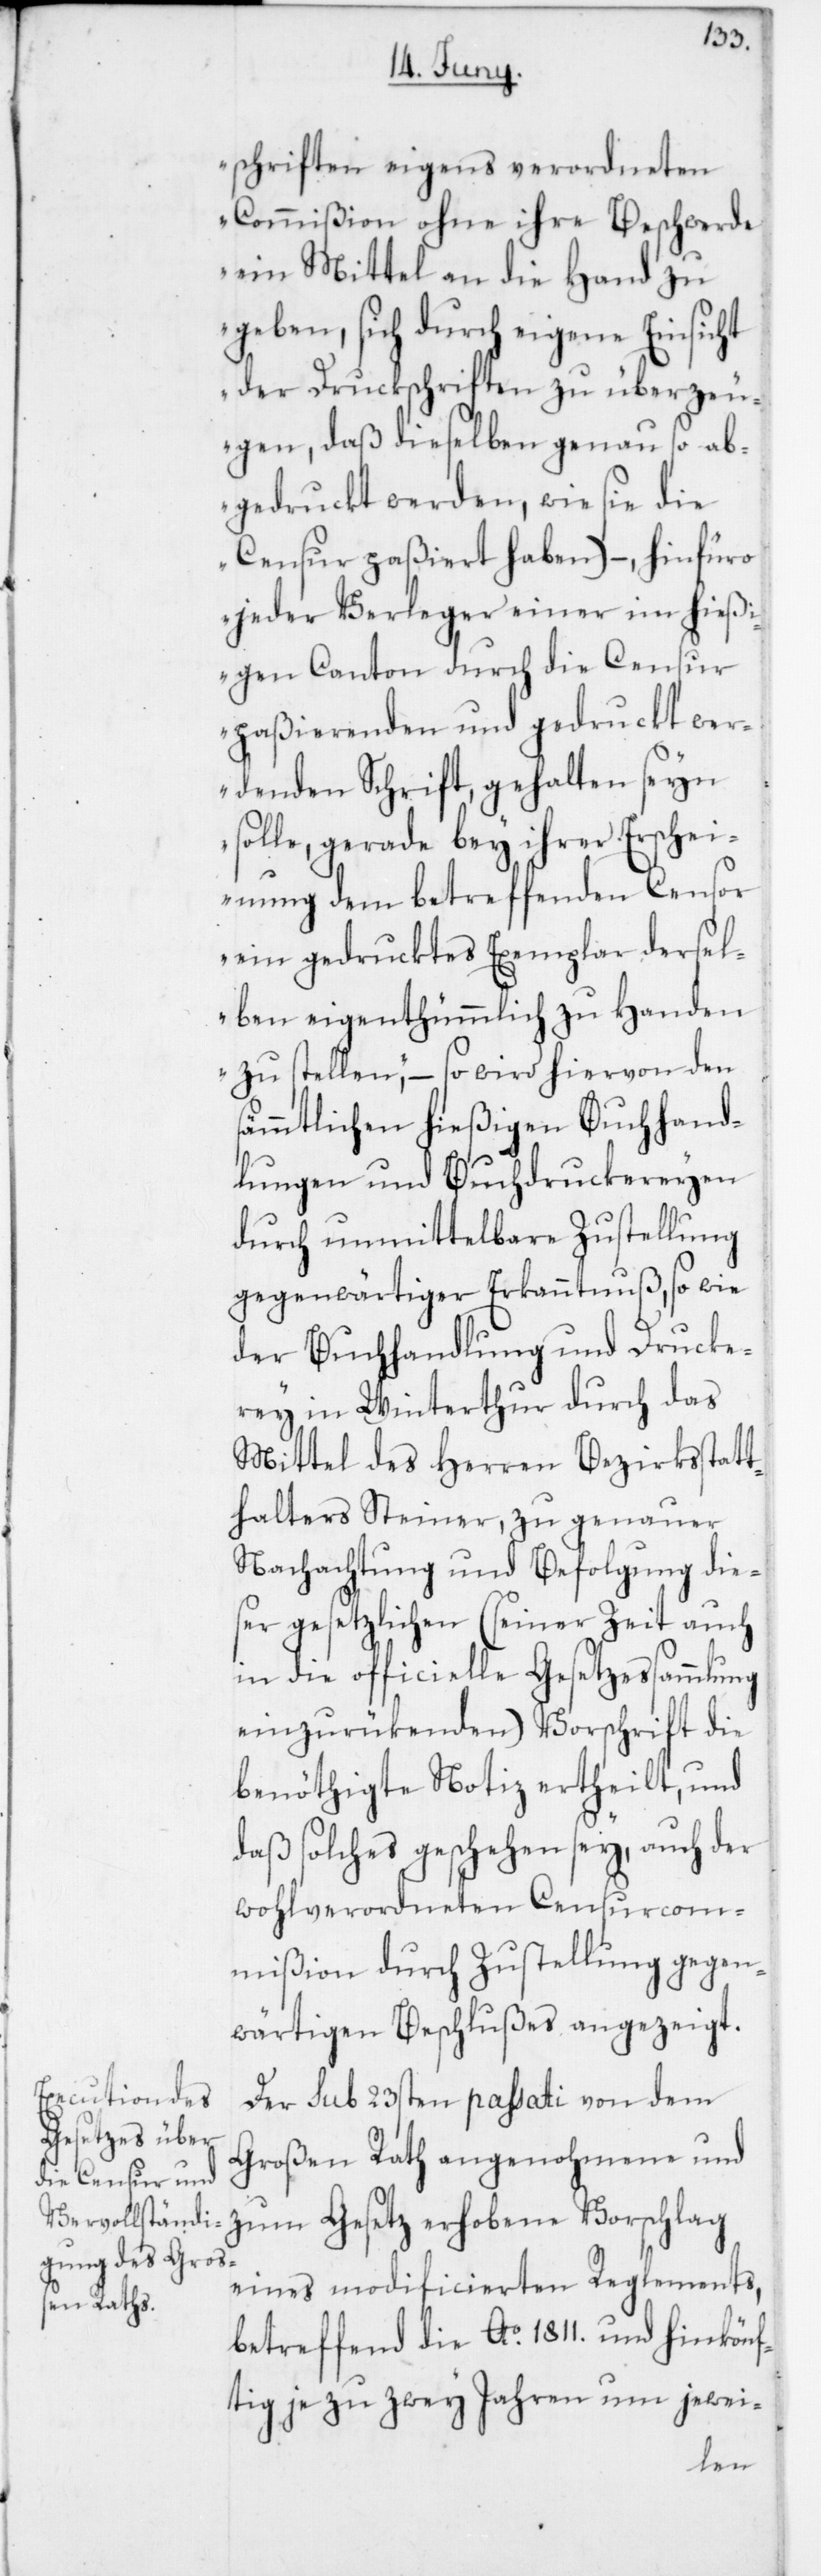
schriften eigens verordneten
Commißion ohne ihre Beschwerde
ein Mittel an die Hand zu
geben, sich durch eigene Einsicht
der Druckschriften zu überzeu¬
gen, daß dieselben genau so ab¬
gedruckt werden, wie sie die
Censur paßiert haben), – hinfüro
jeder Verleger einer im hießi¬
gen Canton durch die Censur
paßierenden und gedruckt wer¬
denden Schrift, gehalten seyn
solle, gerade bey ihrer Erschei¬
nung dem betreffenden Censor
ein gedrucktes Exemplar dersel¬
ben eigenthümmlich zu Handen
zu stellen“, – so wird hiervon den
sämmtlichen hießigen Buchhand¬
lungen und Buchdruckereyen
durch unmittelbare Zustellung
gegenwärtiger Erkanntnuß, sowie
der Buchhandlung und Drucke¬
rey in Winterthur durch das
Mittel des Herren Bezirksstatt¬
halters Steiner, zu genauer
Nachachtung und Befolgung die¬
ser gesetzlichen (seiner Zeit auch
in die officielle Gesetzessammlung
einzurükenden) Vorschrift die
benöthigte Notiz ertheilt, und
daß solches geschehen sey, auch der
wohlverordneten Censurcom¬
mißion durch Zustellung gegen¬
wärtigen Beschlußes angezeigt.
Der sub 23sten passati von dem
Großen Rath angenohmene und
zum Gesetz erhobene Vorschlag
eines modificierten Reglements,
betreffend die Ao 1811. und hinkönf¬
tig zu je zwey Jahren um jewei-